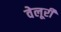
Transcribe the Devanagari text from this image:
वेलूरी